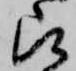
被